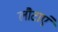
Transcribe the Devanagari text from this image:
लौटाएं